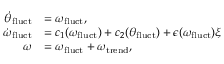
\begin{array} { r l } { \dot { \theta } _ { \mathrm { f l u c t } } } & { = \omega _ { \mathrm { f l u c t } } , } \\ { \dot { \omega } _ { \mathrm { f l u c t } } } & { = c _ { 1 } ( \omega _ { \mathrm { f l u c t } } ) + c _ { 2 } ( \theta _ { \mathrm { f l u c t } } ) + \epsilon ( \omega _ { \mathrm { f l u c t } } ) \xi } \\ { \omega } & { = \omega _ { \mathrm { f l u c t } } + \omega _ { \mathrm { t r e n d } } , } \end{array}